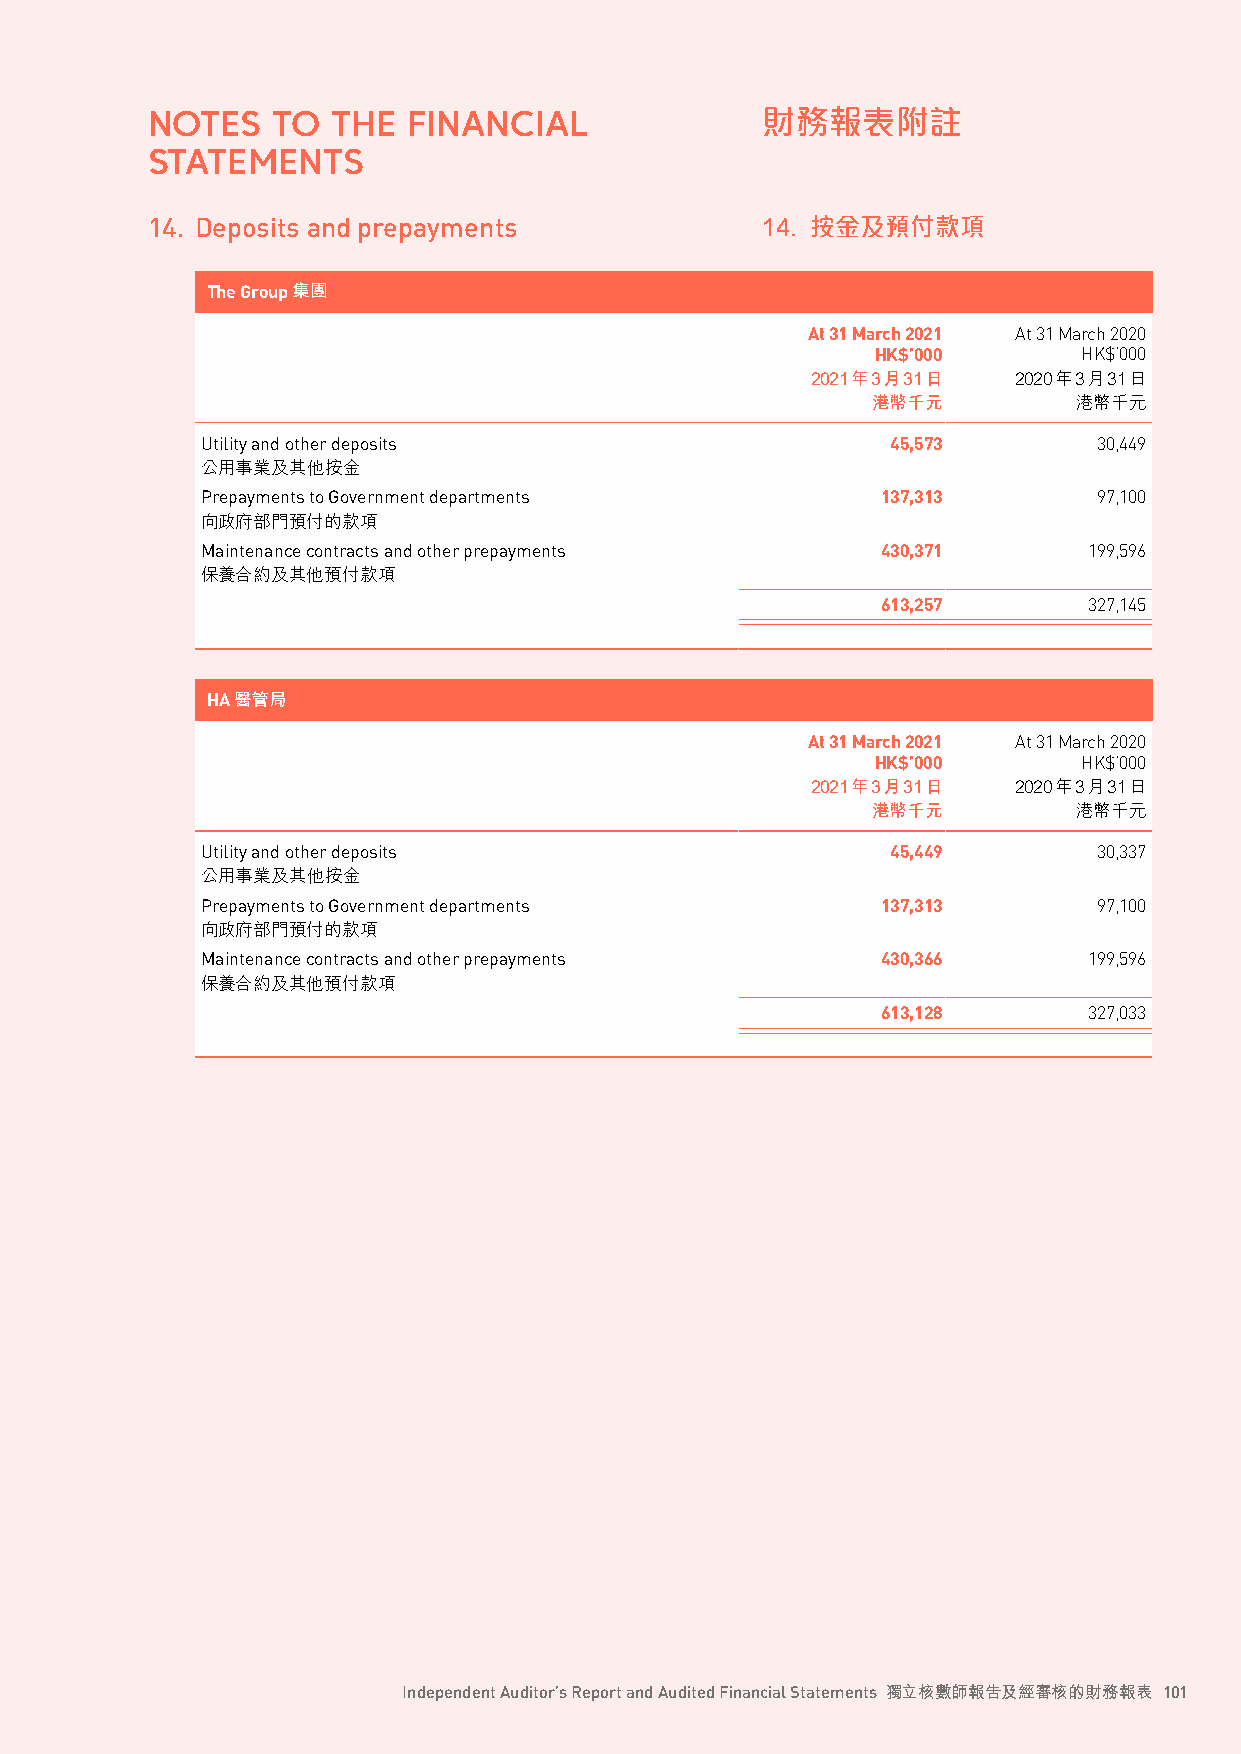
NOTES   TO  THE  FINANCIAL              財務報表附註
 STATEMENTS
 14. Deposits and prepayments            14. 按金及預付款項
 The Group集團
 At 31 March 2021 At 31 March 2020
 HK$’000       HK$’000
 2021年3月31日   2020年3月31日
 港幣千元         港幣千元
 Utility and other deposits                    45,573        30,449
 公用事業及其他按金
 Prepayments to Government departments        137,313        97,100
 向政府部門預付的款項
 Maintenance contracts and other prepayments  430,371       199,596
 保養合約及其他預付款項
 613,257       327,145
 HA醫管局
 At 31 March 2021 At 31 March 2020
 HK$’000       HK$’000
 2021年3月31日   2020年3月31日
 港幣千元         港幣千元
 Utility and other deposits                    45,449        30,337
 公用事業及其他按金
 Prepayments to Government departments        137,313        97,100
 向政府部門預付的款項
 Maintenance contracts and other prepayments  430,366       199,596
 保養合約及其他預付款項
 613,128       327,033
 Independent Auditor’s Report and Audited Financial Statements 獨立核數師報告及經審核的財務報表 101